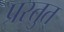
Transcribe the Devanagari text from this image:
प्रस्तुत्